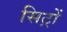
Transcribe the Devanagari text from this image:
सिट्रों